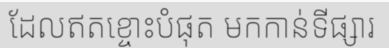
ដែលឥតខ្ចោះបំផុត មកកាន់ទីផ្សារ